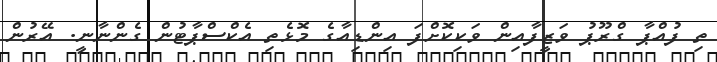
ތި ފުއްޕާ ގްރޫޕު ވަޒީފާއިން ވަކިކޮށްފަ އިންޑިއާގެ މޮޅެތި އެކްސްޕާޓުން ގެންނާނީ. އޭރުން